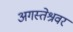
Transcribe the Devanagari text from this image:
अगस्‍तेश्रवर